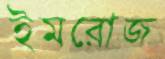
ইমরোজ